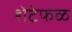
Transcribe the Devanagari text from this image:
शेटेफळ